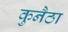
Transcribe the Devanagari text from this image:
कुनैठा